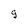
Character: 9